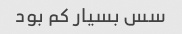
سس بسیار کم بود